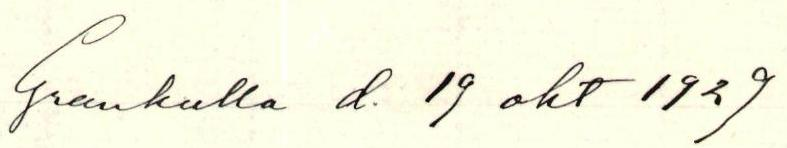
Grankulla d. 19 okt 1929